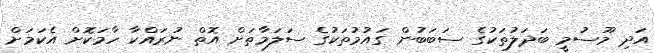
އަދި މޫސުމީ ބަދަލުތަކުގެ ސަބަބުން ގައުމުތަކުގެ ސަލަމާތަށް އޮތް ނުރައްކާ ހާމަކޮށް އެކަމަށް